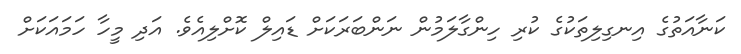
ކަނާއަތުގެ އިނގިލިތަކުގެ ކުރި ހިންގާލަމުން ނަންބަރަކަށް ޑައިލް ކޮށްލިއެވެ. އަދި މީހާ ހަމައަކަށް